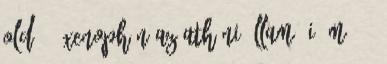
old. ↑ Xenophón Az athéni állam, i. m. 2.